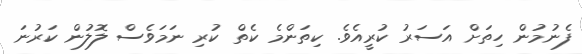
ފެނުމުން ހިތަށް އަސަރު ކުރީއެވެ. ކިތަންމެ ކެތް ކުރި ނަމަވެސް ލޮލުން ކަރުނަ